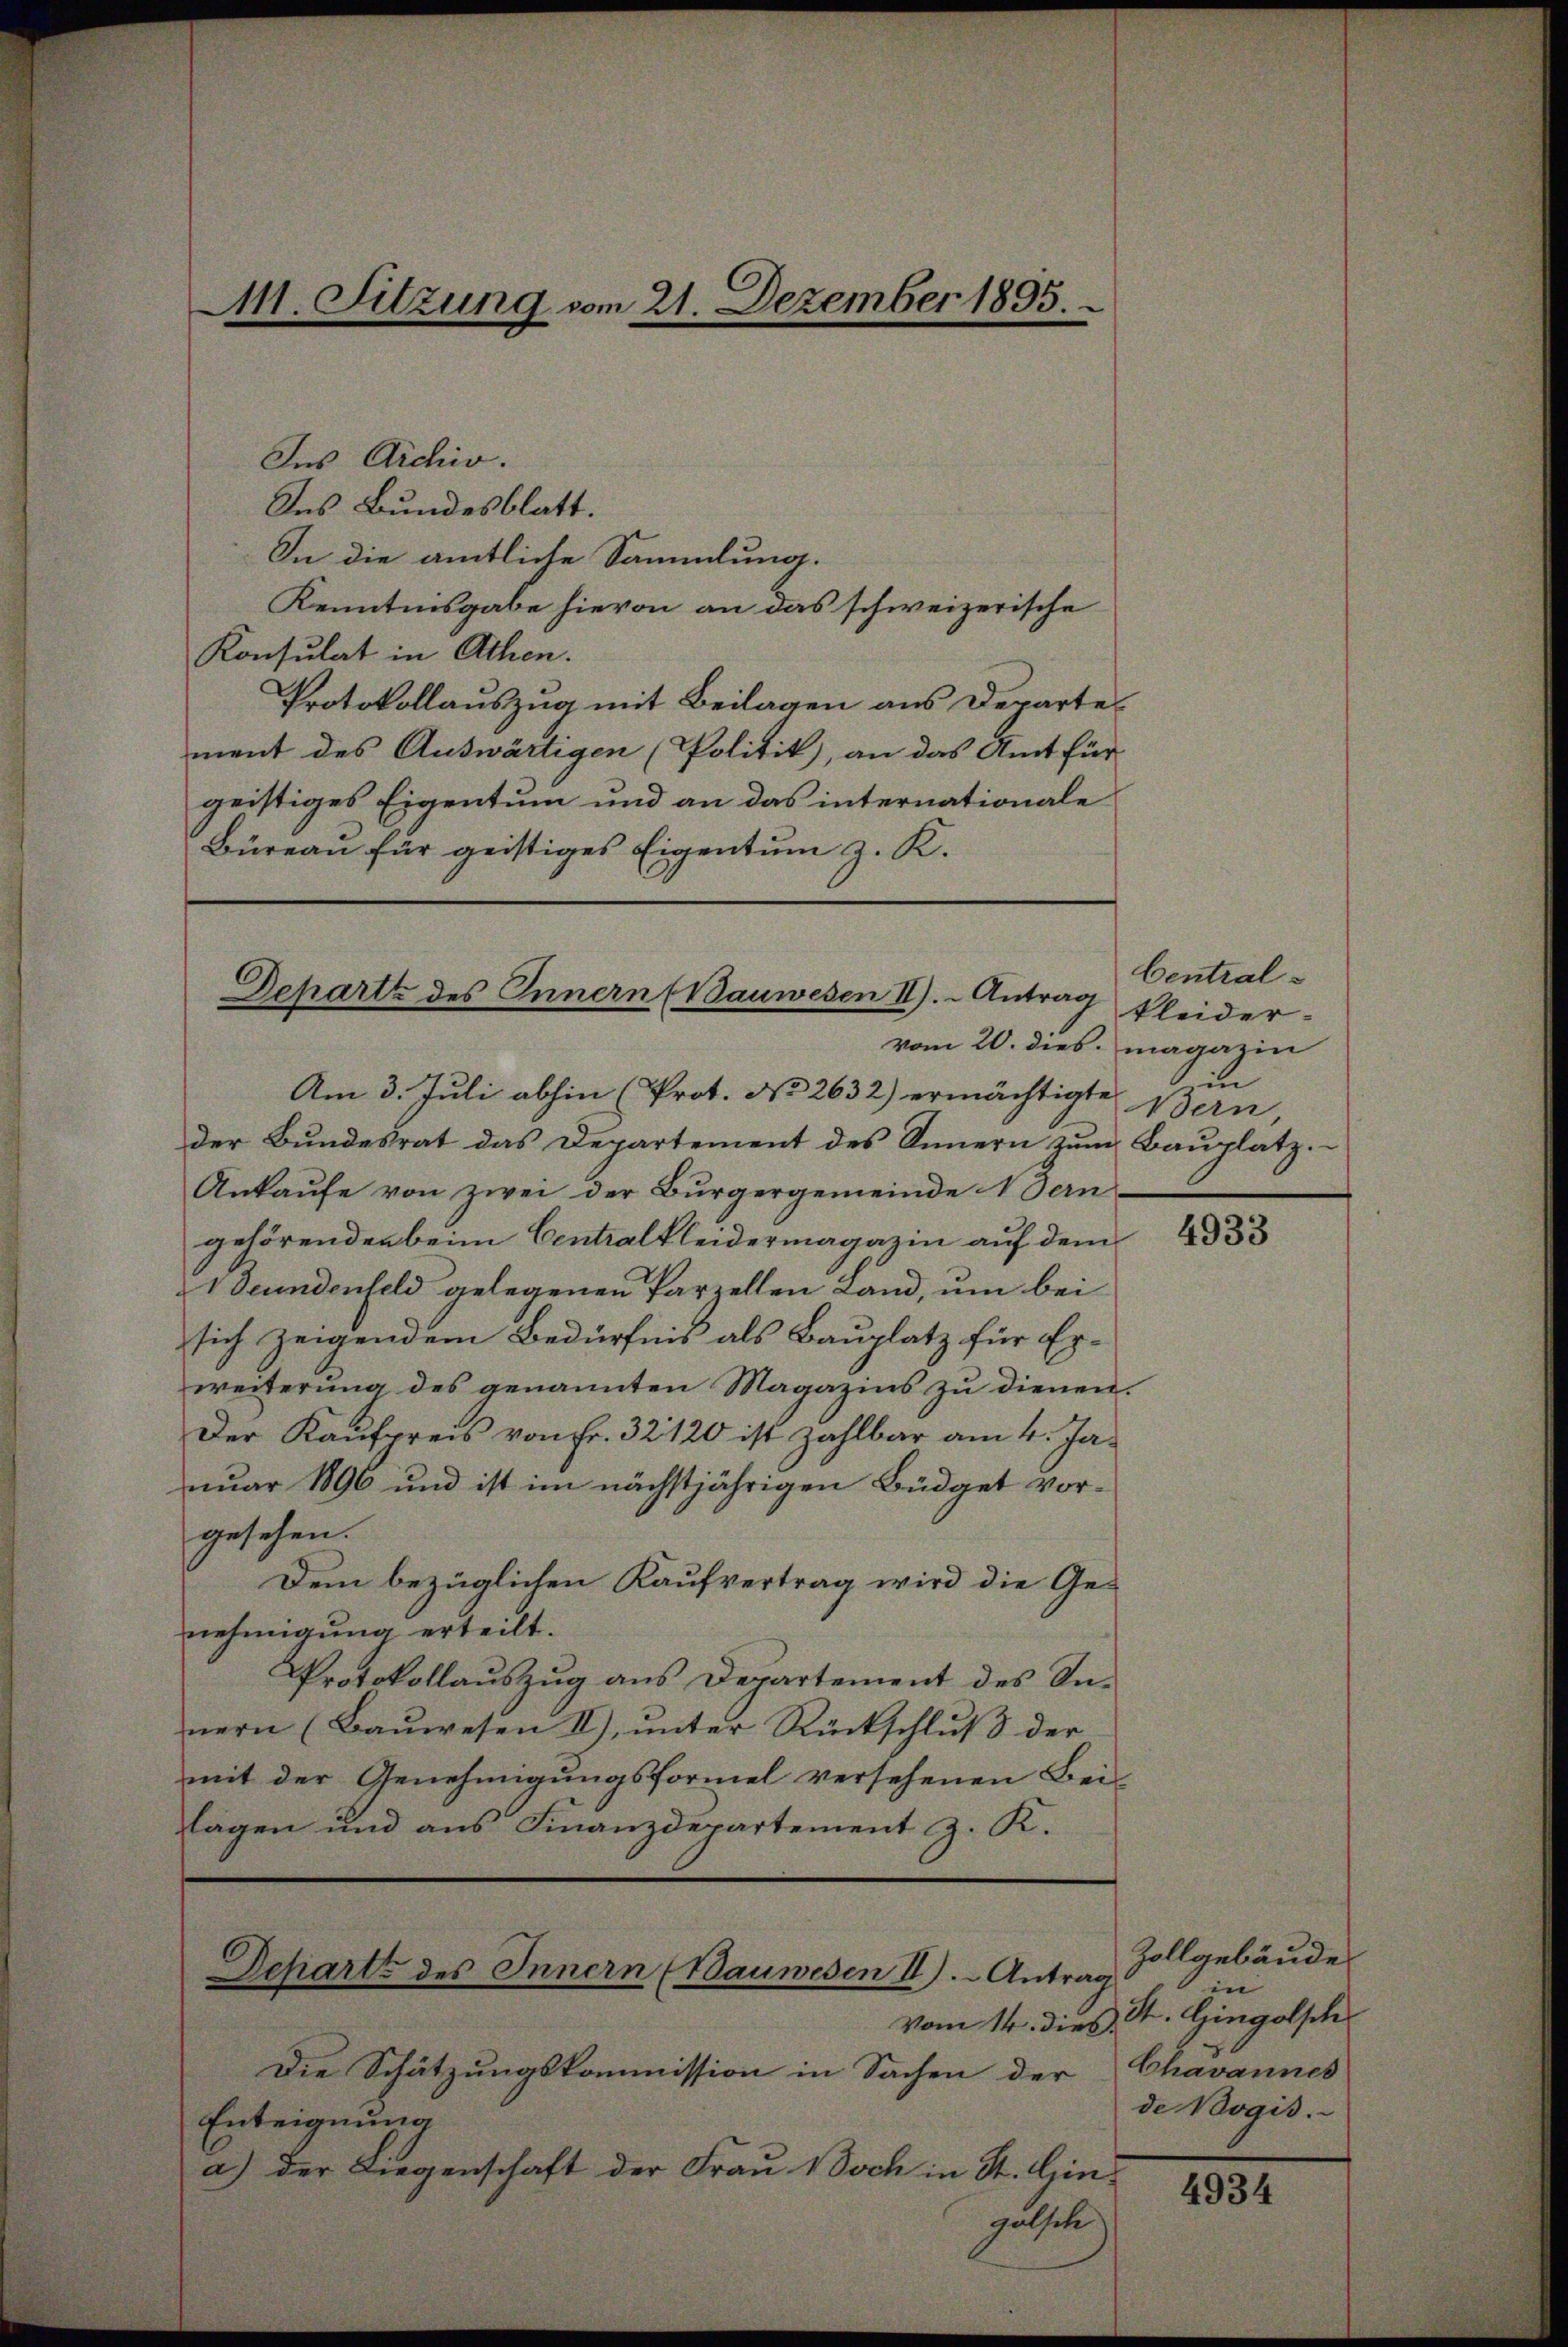
M11. Sitzung vom 21. Dezember 1893.

Des Archiv.
Des Bundesblatt.
In die amtliche Sammlung.
Kenntnisgabe hievon an das schweizerische
Konsulat in Athen.
Protokollauszug mit Beilagen aus Departement des Auswärtigen (Politik), an das Amt für
geistiges Eigentum und an das internationale
Büreau für geistiges Eigentum z. K.

Departe des Innern (Bauwesen II). Antrag

Schartz des Innern (Bauwesen II). Antrag

vom 20. dies magazin

Am 3. Juli abhin (Prot. No 2632) ermächtigte Bern,
der Bundesrat das Departement des Innern zum Bauplatz.
Ankaufe von zwei der Bürgergemeinde Fern
gehörenden beim Centralkleidermagazin auf dem
Deundenfeld gelegenen Parzellen Land, um bei
sich zeigendem Bedürfnis als Bauplatz für Er-
weiterung des genannten Magazins zu dienen.
Der Kaufpreis von Fr. 32120 ist zahlbar am 4. Januar 1896 und ist im nächstjährigen Büdget vorgesehen.
Dem bezüglichen Kaufvertrag wird die Genehmigung erteilt.
Protokollauszug aus Departement des Innern (Bauwesen II), unter Rückschluß der
mit der Genehmigungsformel versehenen Bei-
lagen und aus Finanzdepartement z. K.

Vom 14. dies.
Die Schätzungskommission in Sachen der
Enteignung
a) der Liegenschaft der Frau Noch in St. Ginguthete

Central-
kleider-
in

4933

Zollgebäude
in
St. Gingolsch
Chavannes
de Bogis.

4934